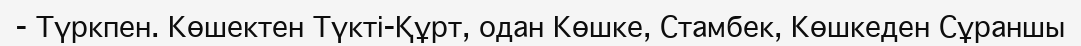
- Түркпен. Көшектен Түкті-Құрт, одан Көшке, Стамбек, Көшкеден Сұраншы